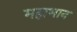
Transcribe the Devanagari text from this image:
महाभान